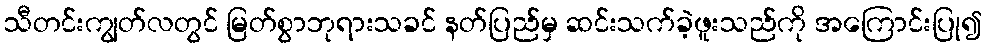
သီတင်းကျွတ်လတွင် မြတ်စွာဘုရားသခင် နတ်ပြည်မှ ဆင်းသက်ခဲ့ဖူးသည်ကို အကြောင်းပြု၍